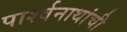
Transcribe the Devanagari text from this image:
पार्श्वनाथांची